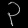
Digit: ၃